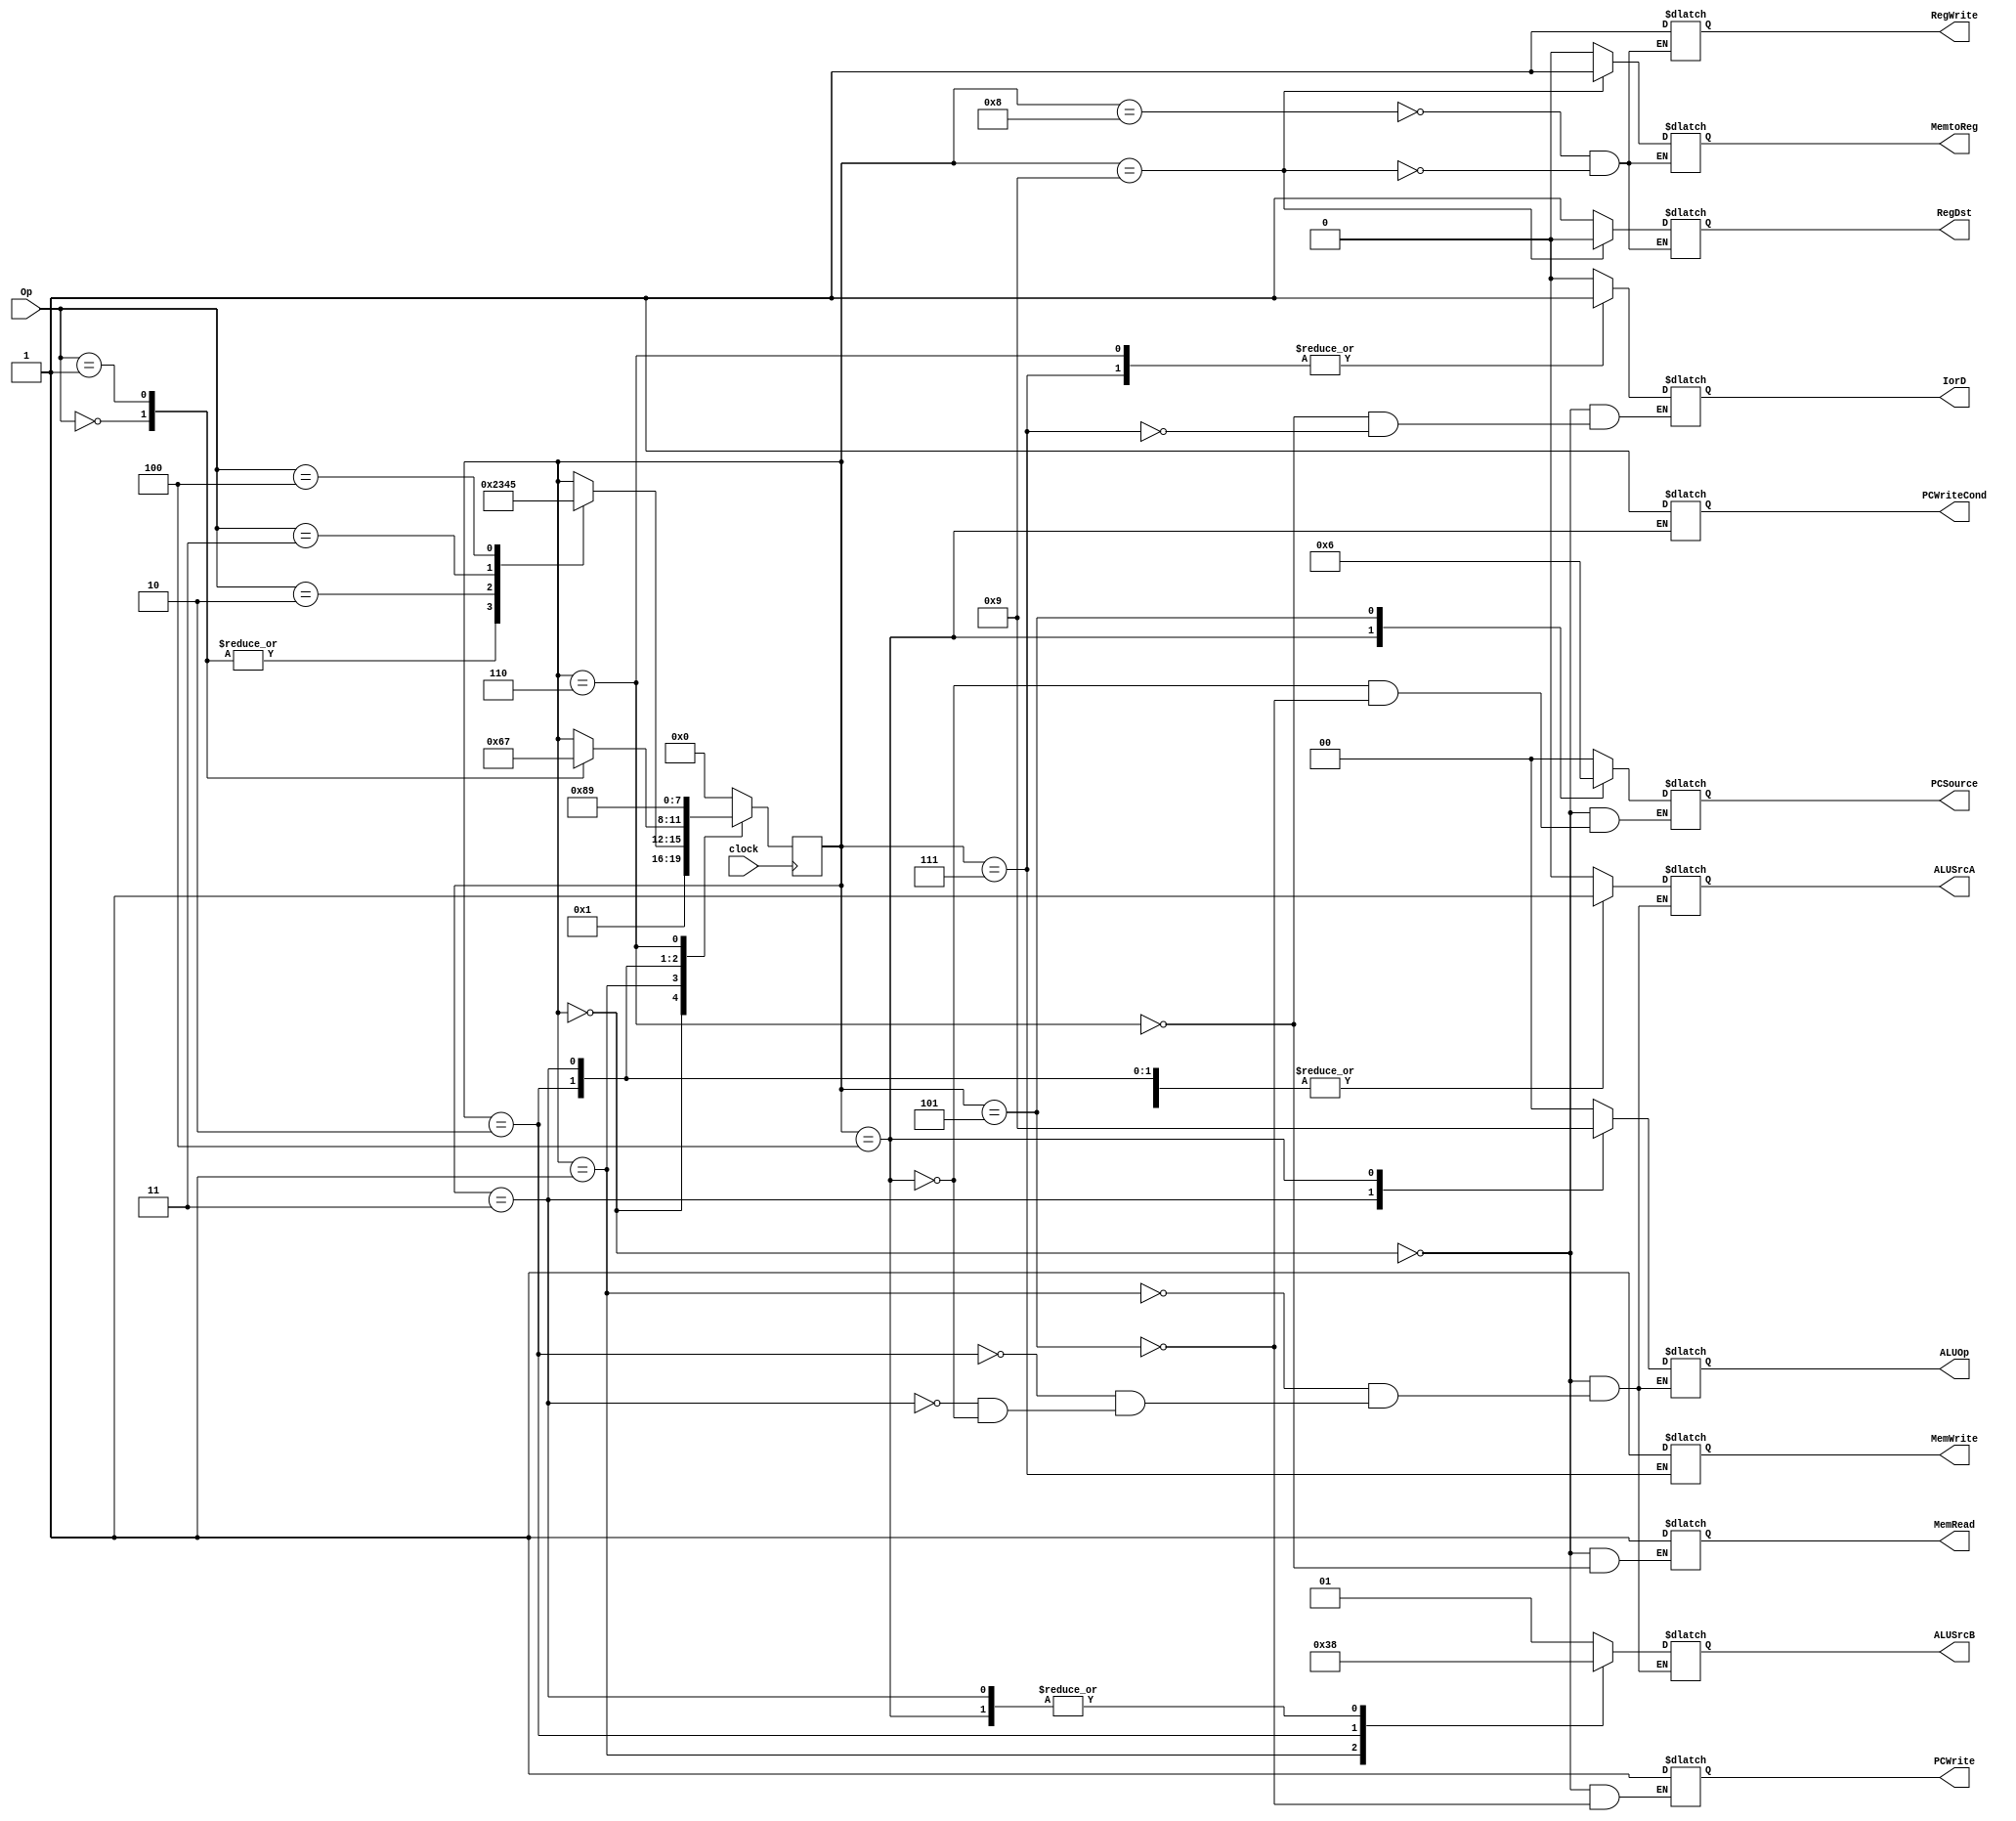
module MULTICYCLE_CONTROL(
    clock,
    ALUSrcA, ALUSrcB, ALUOp,
    MemRead, MemWrite, PCSource, PCWrite,
    IorD, RegDst, RegWrite, PCWriteCond,
    MemtoReg, Op
);
    input clock;
    input [5: 0] Op;
    output[1: 0] ALUSrcB, ALUOp, PCSource;
    output MemRead, MemWrite, ALUSrcA;
    output PCWrite,IorD, RegDst, RegWrite;
    output PCWriteCond, MemtoReg;

    //REGISTER TO HOLD STATE
    reg [3: 0] state;

    //DEFINE PARAMETERS FOR DIFFERENT STATES
    parameter S0 = 4'd0, S1 = 4'd1, S2 = 4'd2, S3 = 4'd3, S4 = 4'd4, S5 = 4'd5, S6 = 4'd6, S7 = 4'd7, S8 = 4'd8, S9 = 4'd9;

    //DEFINE PARAMETERS FOR INSTR. TYPE
    parameter LW = 6'd0, SW = 6'd1, RTYPE = 6'd2, BRANCH = 6'd3, JUMP = 6'd4;

    //STATE ALWAYS BLOCK
    always @ (posedge clock)
        case(state)
            S0: state <= S1;
            S1: begin
                case(Op)
                    LW: state <= S2;
                    SW: state <= S2;
                    RTYPE: state <= S3;
                    BRANCH: state <= S4;
                    JUMP: state <= S5;
                endcase
            end
            S2: case(Op)
                LW: state <= S6;
                SW: state <= S7;
            endcase
            S3: state <= S8;
            S6: state <= S9;
            default: state <= S0;
        endcase

    //CONTROL SIGNALS ALWAYS BLOCK
    always @ (state)
        case(state)
            S0: begin MemRead = 1; ALUSrcA = 0;
            IorD = 0; IRWrite = 1; ALUSrcB = 2'b01;
            ALUOp = 2'b00; PCWrite = 1; PCSource = 2'b00;
            end
            S1: begin
                ALUSrcA = 0; ALUSrcB = 2'b11; ALUOp = 00;
            end
            S2: begin
                ALUSrcA = 1; ALUSrcB = 2'b10; ALUOp = 2'b00;
            end
            S3: begin
                ALUSrcA = 1; ALUSrcB = 2'b00; ALUOp = 2'b10;
            end
            S4: begin
                ALUSrcA = 1; ALUSrcB = 2'b00; ALUOp = 2'b01;
                PCWriteCond = 1; PCSource = 2'b01;
            end
            S5: begin
                PCWrite = 1; PCSource = 2'b10;
            end
            S6: begin
                MemRead = 1; IorD = 1;
            end
            S7: begin
                MemWrite = 1;
                IorD = 1;
            end
            S8: begin
                RegDst = 1; RegWrite = 1; MemtoReg = 0;
            end
            S9: begin
                RegDst = 0; RegWrite = 1; MemtoReg = 1;
            end
        endcase

    endmodule